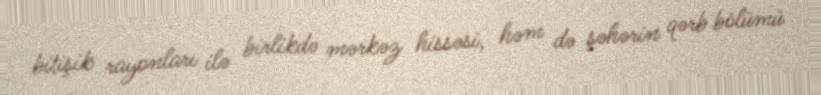
bitişik rayonları ilə birlikdə mərkəz hissəsi, həm də şəhərin qərb bölümü